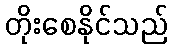
တိုးစေနိုင်သည်